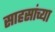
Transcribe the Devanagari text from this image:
साहसांच्या